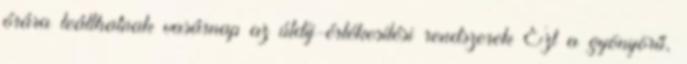
órára leállhatnak vasárnap az útdíj-értékesítési rendszerek Ezt a gyönyörű,